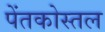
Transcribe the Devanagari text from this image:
पेंतकोस्तल